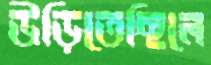
উড়িতেছিলে